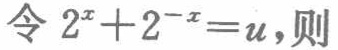
令 \(2^{x}+2^{-x}=u\)，则